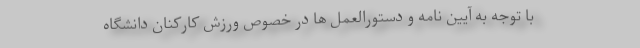
با توجه به آیین نامه و دستورالعمل ها در خصوص ورزش کارکنان دانشگاه